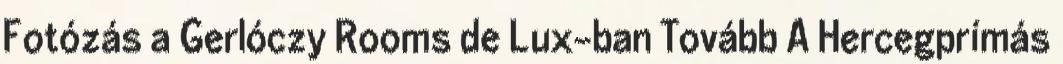
Fotózás a Gerlóczy Rooms de Lux-ban Tovább A Hercegprímás